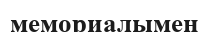
мемориалымен